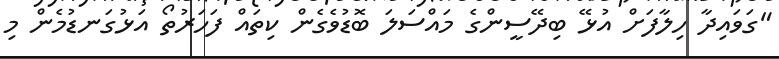
"ގަވައިދާ ހިލާފަށް އުޅޭ ބިދޭސީންގެ މައްސަލަ ބޮޑުވެގެން ކިތައް ފަހަރުތޯ އަޅުގަނޑުމެން މި